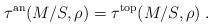
LaTeX: \begin{align*}\tau^\mathrm{an}(M/S,\rho) = \tau^\mathrm{top}(M/S,\rho) \;.\end{align*}